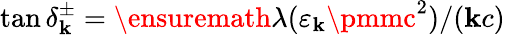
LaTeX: \tan\delta_{\mathbf{k}}^{\pm}=\ensuremath{{\lambda}}(\varepsilon_{\mathbf{k}}\pmmc^{2})/(\mathbf{k}c)